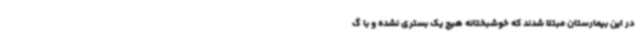
در این بیمارستان مبتلا شدند که خوشبختانه هیچ یک بستری نشده و با گ